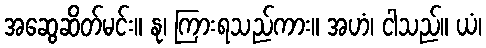
အဆွေဆိတ်မင်း။ နု၊ ကြားရသည်ကား။ အဟံ၊ ငါသည်။ ယံ၊